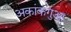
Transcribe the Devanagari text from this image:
अकांकगुआ